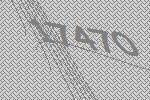
17470